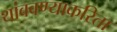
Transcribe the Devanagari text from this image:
थांबवण्याकरिता